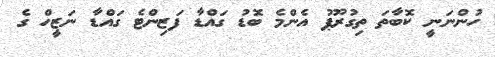
ހުންނަނީ ކޮބާތަ ތިގުރޫޕު އެންމެ ބޮޑު ގައްޑާ ފަޒިންޓެ ގައްޑާ ނަޒީހް ގެ